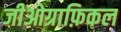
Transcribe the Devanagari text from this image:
जीओग्राफ़िकल